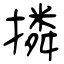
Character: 撛